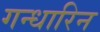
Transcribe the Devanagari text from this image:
गन्धारिन